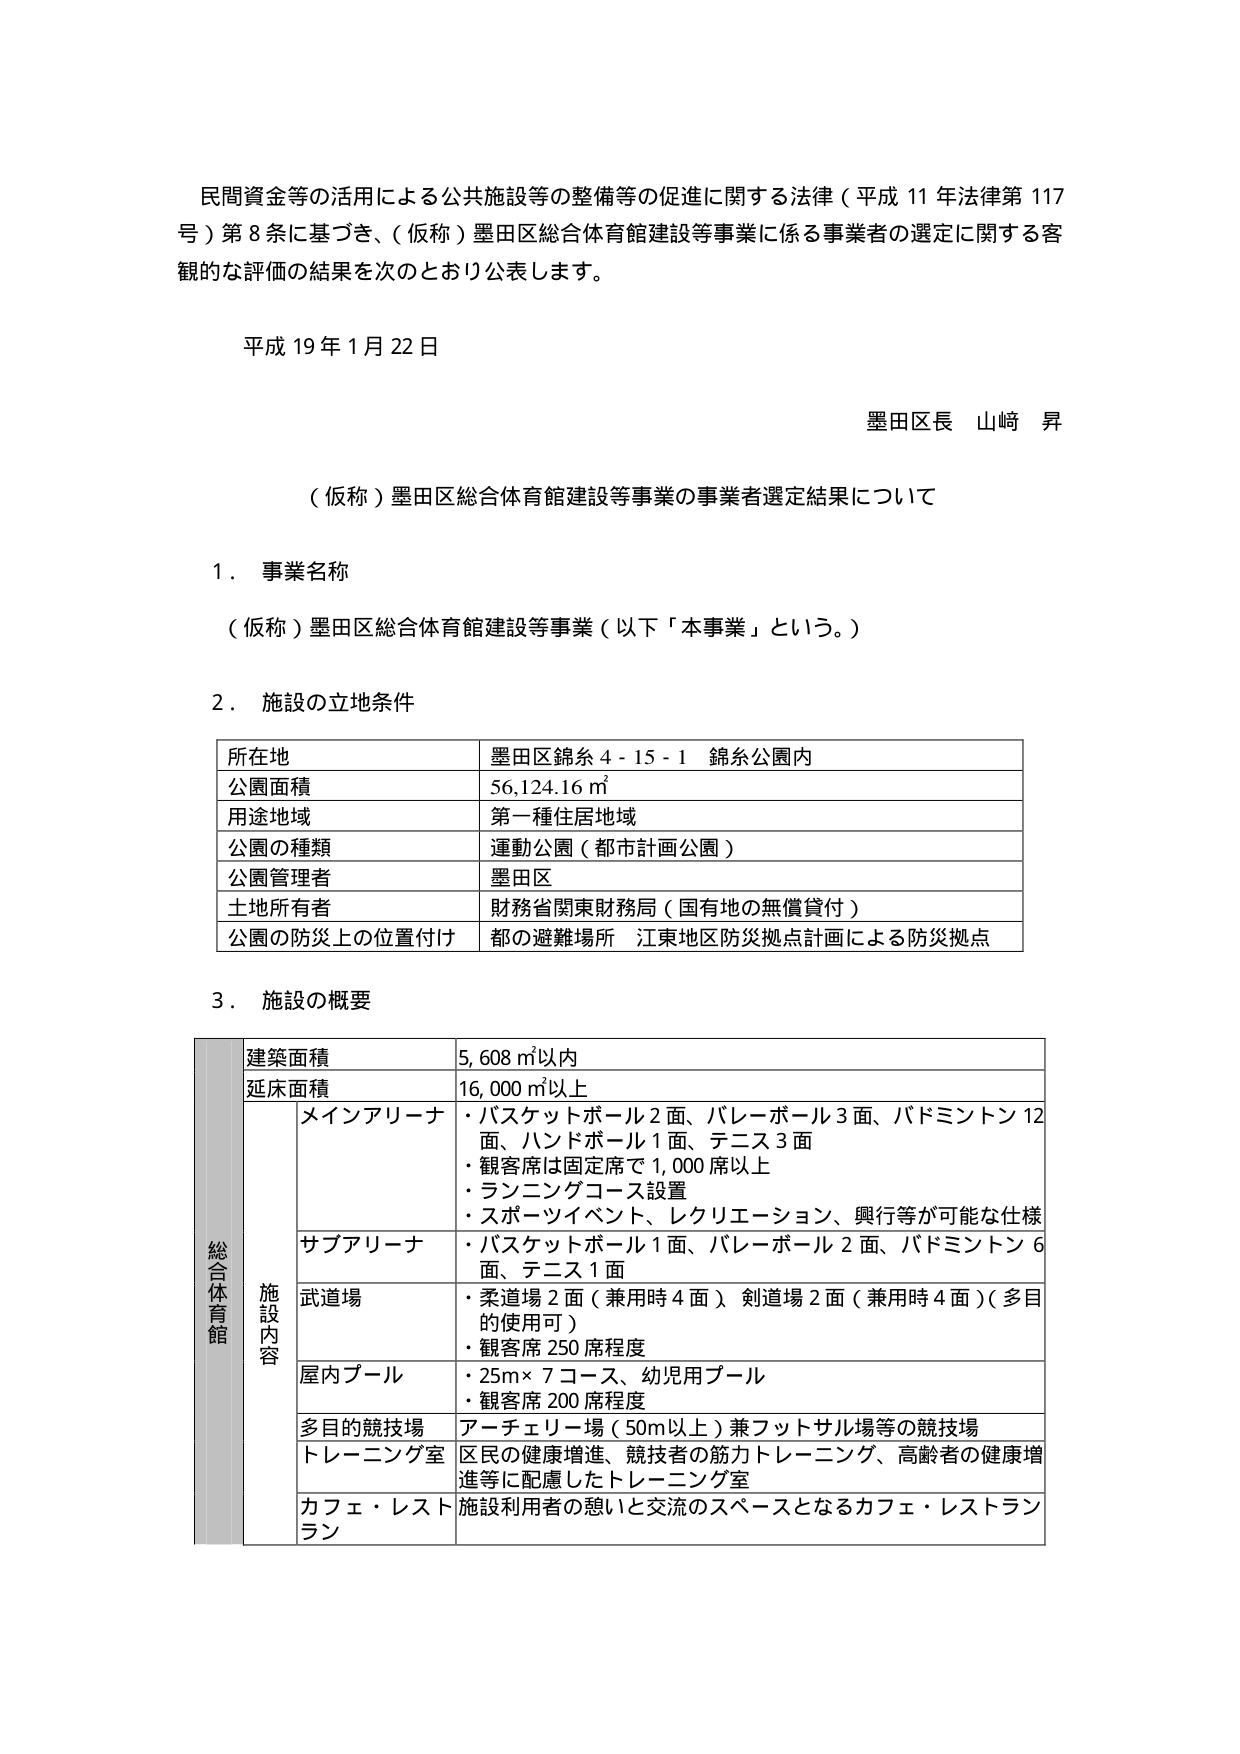
民間資金等の活用による公共施設等の整備等の促進に関する法律（平成11年法律第117号）第8条に基づき、（仮称）墨田区総合体育館建設等事業に係る事業者の選定に関する客観的な評価の結果を次のとおり公表します。

平成19年1月22日

墨田区長 山崎 昇

（仮称）墨田区総合体育館建設等事業の事業者選定結果について

1．事業名称
（仮称）墨田区総合体育館建設等事業（以下「本事業」という。）

2．施設の立地条件

| 所在地 | 墨田区錦糸4-15-1 錦糸公園内 |
|--------|------------------------------|
| 公園面積 | 56,124.16㎡ |
| 用途地域 | 第一種住居地域 |
| 公園の種類 | 運動公園（都市計画公園） |
| 公園管理者 | 墨田区 |
| 土地所有者 | 財務省関東財務局（国有地の無償貸付） |
| 公園の防災上の位置付け | 都の避難場所 江東地区防災拠点計画による防災拠点 |

3．施設の概要

| 総合体育館 | 施設内容 |  |
|------------|----------|---|
| | 建築面積 | 5,608㎡以内 |
| | 延床面積 | 16,000㎡以上 |
| | メインアリーナ | ・バスケットボール2面、バレーボール3面、バドミントン12面、ハンドボール1面、テニス3面<br>・観客席は固定席で1,000席以上<br>・ランニングコース設置<br>・スポーツイベント、レクリエーション、興行等が可能な仕様 |
| | サブアリーナ | ・バスケットボール1面、バレーボール2面、バドミントン6面、テニス1面 |
| | 武道場 | ・柔道場2面（兼用時4面）剣道場2面（兼用時4面）（多目的使用可）<br>・観客席250席程度 |
| | 屋内プール | ・25m×7コース、幼児用プール<br>・観客席200席程度 |
| | 多目的競技場 | アーチェリー場（50m以上）兼フットサル場等の競技場 |
| | トレーニング室 | 区民の健康増進、競技者の筋力トレーニング、高齢者の健康増進等に配慮したトレーニング室 |
| | カフェ・レストラン | 施設利用者の憩いと交流のスペースとなるカフェ・レストラン |